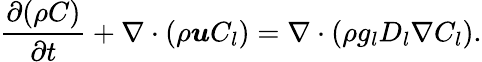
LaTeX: \frac{\partial(\rho C)}{\partial t}+\nabla\cdot(\rho\boldsymbol{u}C_{l})=\nabla\cdot\left(\rho g_{l}D_{l}\nabla C_{l}\right).